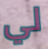
لي